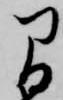
間